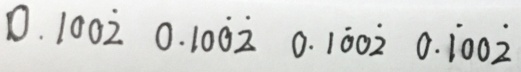
0 . 1 0 0 \dot { 2 } 0 . 1 0 \dot { 0 } \dot { 2 } 0 . 1 \dot { 0 } 0 \dot { 2 } 0 . \dot { 1 } 0 0 \dot { 2 }